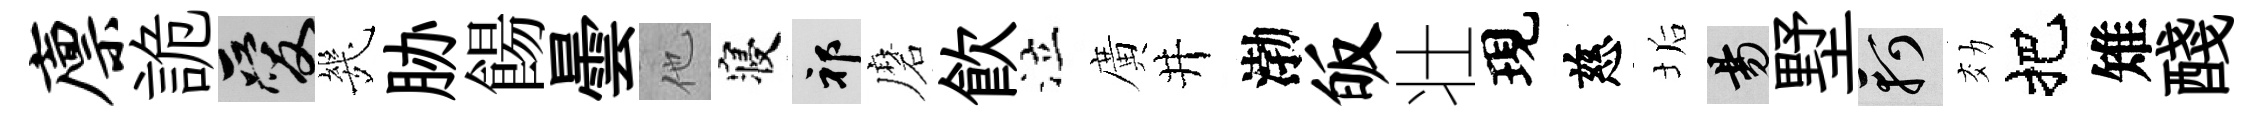
廪詭爱㡬胁餳曇他寝祁磨飮泣廣井渤皈壮現慈垢昜墅軻効把雉醆